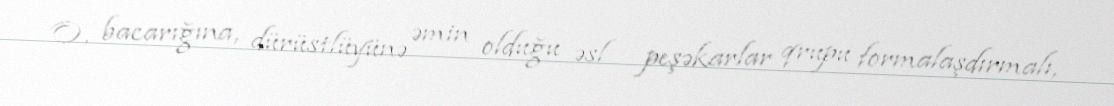
O, bacarığına, dürüstlüyünə əmin olduğu əsl peşəkarlar qrupu formalaşdırmalı,